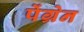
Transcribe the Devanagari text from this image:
पेंग्रेन